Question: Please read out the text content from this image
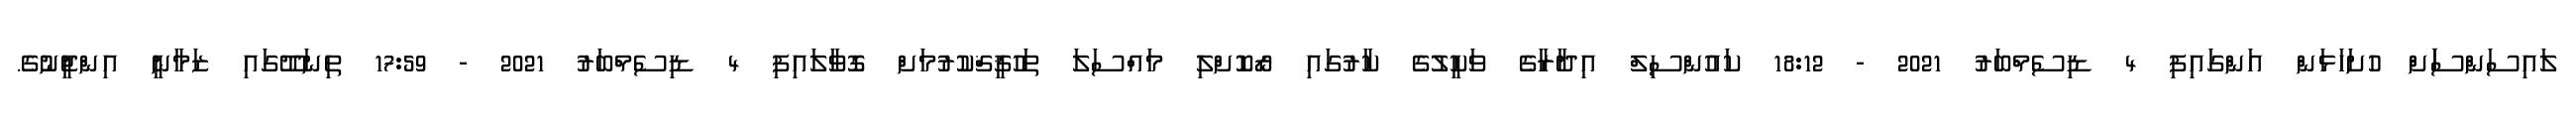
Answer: ލައިސަންސަަށް ހުށަހަޅަން އަންގައިފި 4 ޑިސެމްބަރު 2021 - 18:12 ކައުންސިލް އިދާރާގެ ވަކީލުގެ ކާރުގައި ރޯކޮށްލި މައްސަލަ ތަހުޤީޤްކުރުމަށް ގޮވާލައިފި 4 ޑިސެމްބަރު 2021 - 17:59 ތިނަދޫގައި ޒަމާނީ އިންޖީނުގެ.